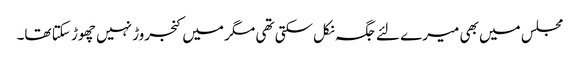
مجلس میں بھی میرے لئے جگہ نکل سکتی تھی مگر میں کنجروڑ نہیں چھوڑ سکتا تھا۔